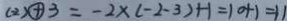
( 2 ) \textcircled { + } 3 = - 2 \times ( - 2 - 3 ) + 1 = 1 0 + 1 = 1 1